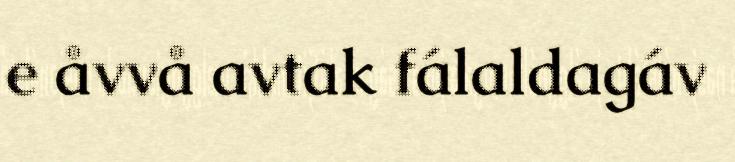
e åvvå avtak fálaldagáv